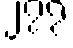
၂၇၇